Jarvakandi_vallavalitsus, lk 2
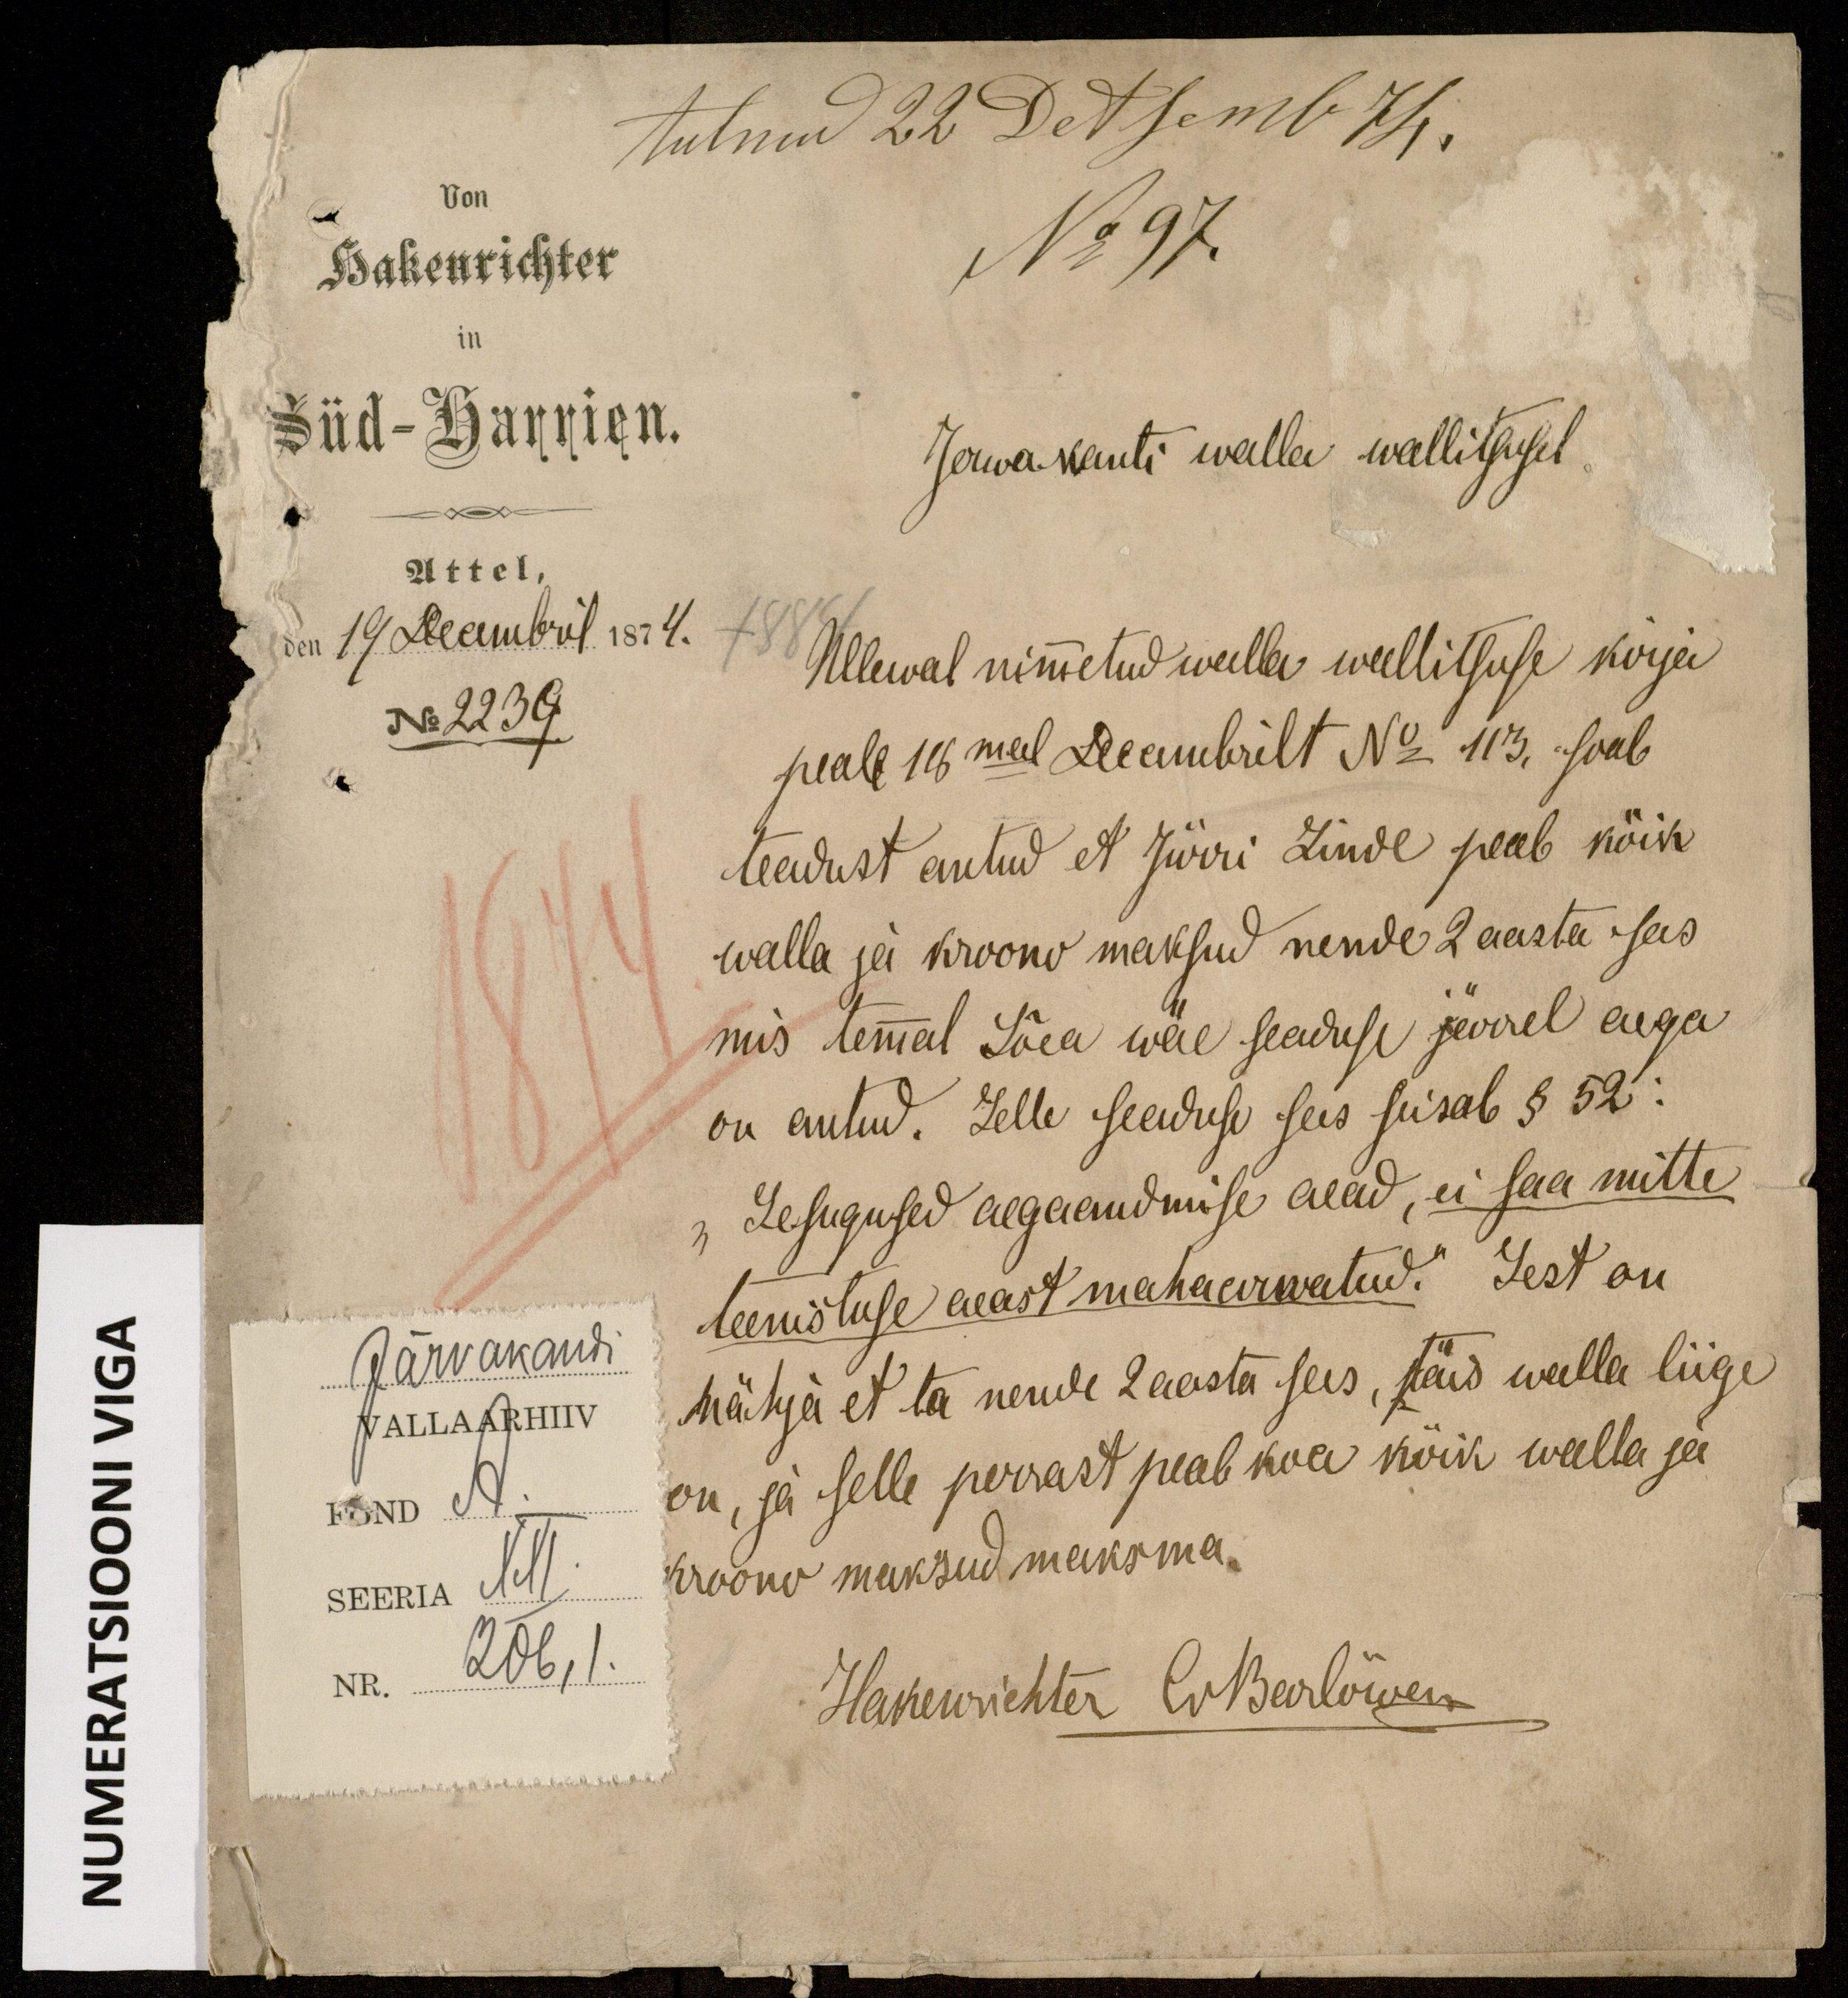
tulnud 22 Detsemb 74.
Von
Hakenrichter
No 97.
in
Süd-Harrien.
Jerwakanti walla wallitsusel.
Attel,
den 19 Decembril 1874.
Ullewal nimetud walla walitsuse kirja
No 2239.
peale 18mal Decembrilt No. 113. saab
teadust antud et Jürri Linde peab köik
1874
walla ja kroonu maksud nende 2 aasta sees
mis temmal Sõea wäe seaduse järel aega
on antud. Selle seaduse sees seisab § 52:
„Sesugused aegaandmise aead, ei saa mitte
teenistuse aeast maha arwatud." Sest on
Mähja et ta nende 2 aasta sees, täis walla liige
on, ja selle perrast peab kaa kõik walla ja
kroono maksud maksma.
Hakenrichter EvBerlõwen

Järvakandi
VALLAARHIIV
FOND A.
SEERIA XXI.
NR.
206, I.